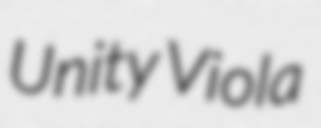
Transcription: Unity Viola